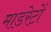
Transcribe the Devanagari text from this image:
माडरेटों